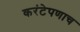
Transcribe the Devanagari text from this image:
करंटेपणाच